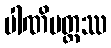
ပါဏိမတ္တဿ